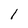
Character: I